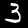
Label: 3